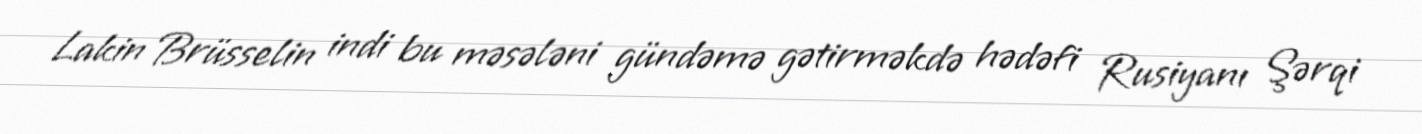
Lakin Brüsselin indi bu məsələni gündəmə gətirməkdə hədəfi Rusiyanı Şərqi